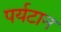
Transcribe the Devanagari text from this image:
पर्यटान